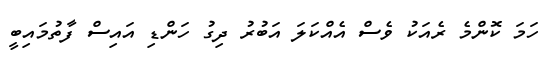
ހަމަ ކޮންމެ ރެއަކު ވެސް އެއްކަލަ އަބުރު ދިގު ހަންޑި އައިސް ފާތުމައިބީ